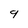
Character: 9